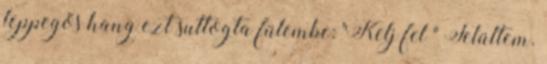
leppegős hang ezt suttogta fülembe: "Kelj fel " Felültem.